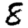
Digit: 8